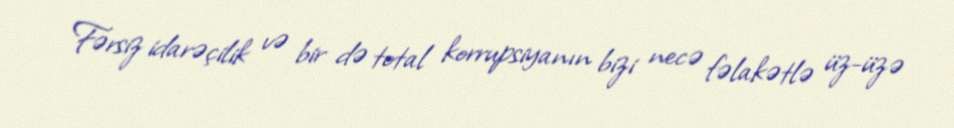
Fərsiz idarəçilik və bir də total korrupsiyanın bizi necə fəlakətlə üz-üzə